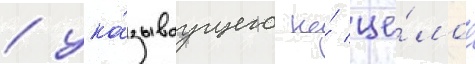
/ ука́зываущего на́ це́лое